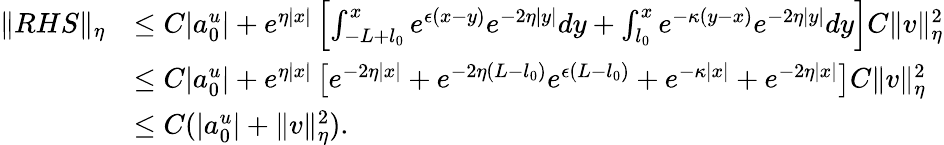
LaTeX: \begin{array}{rl}{\| RHS\| _{\eta}}&{\leq C|a_{0}^{u}|+e^{\eta|x|}\left[\int_{-L+l_{0}}^{x}e^{\epsilon(x-y)}e^{-2\eta|y|}dy+\int_{l_{0}}^{x}e^{-\kappa(y-x)}e^{-2\eta|y|}dy\right]C\| v\| _{\eta}^{2}}\\ &{\leq C|a_{0}^{u}|+e^{\eta|x|}\left[e^{-2\eta|x|}+e^{-2\eta(L-l_{0})}e^{\epsilon(L-l_{0})}+e^{-\kappa|x|}+e^{-2\eta|x|}\right]C\| v\| _{\eta}^{2}}\\ &{\leq C(|a_{0}^{u}|+\| v\| _{\eta}^{2}).}\end{array}